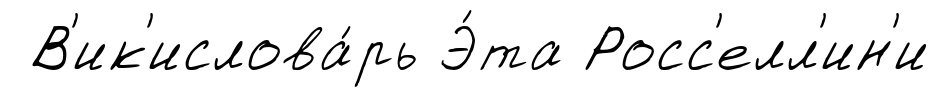
В'ик'ислова́рь Э́та Росс'елл'ин'и